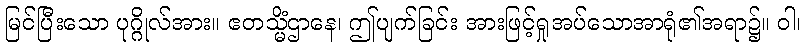
မြင်ပြီးသော ပုဂ္ဂိုလ်အား။ ဧတသ္မိံဌာနေ၊ ဤပျက်ခြင်း အားဖြင့်ရှုအပ်သောအာရုံ၏အရာ၌။ ဝါ၊